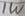
Text: 1W